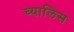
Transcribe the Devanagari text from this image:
च्यालिस